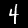
Label: 4